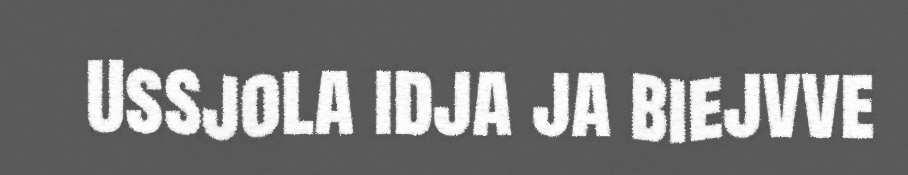
Ussjola idja ja biejvve